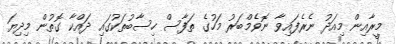
މީރާއިން މިއަދު ނެރެފައިވާ ނޮވެމްބަރު މަހުގެ ތަފާސް ހިސާބުތަކުގައި ދައްކާ ގޮތުން މިދިޔަ